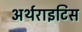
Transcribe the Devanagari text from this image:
अर्थराइटिस